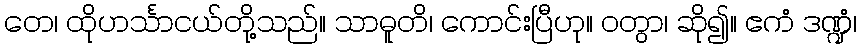
တေ၊ ထိုဟင်္သာငယ်တို့သည်။ သာဓူတိ၊ ကောင်းပြီဟု။ ဝတွာ၊ ဆို၍။ ဧကံ ဒဏ္ဍံ၊